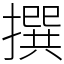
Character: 撰